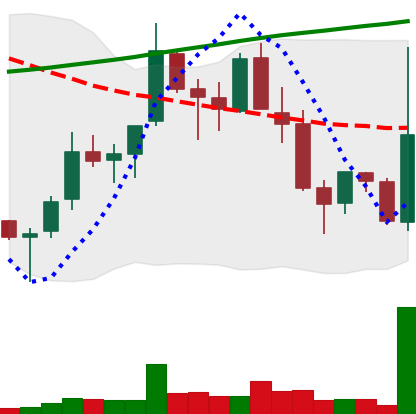
Ticker: TRX-USD
Chart end date: 2018-04-05
Forward return: -7.712%
Label: down_7plus